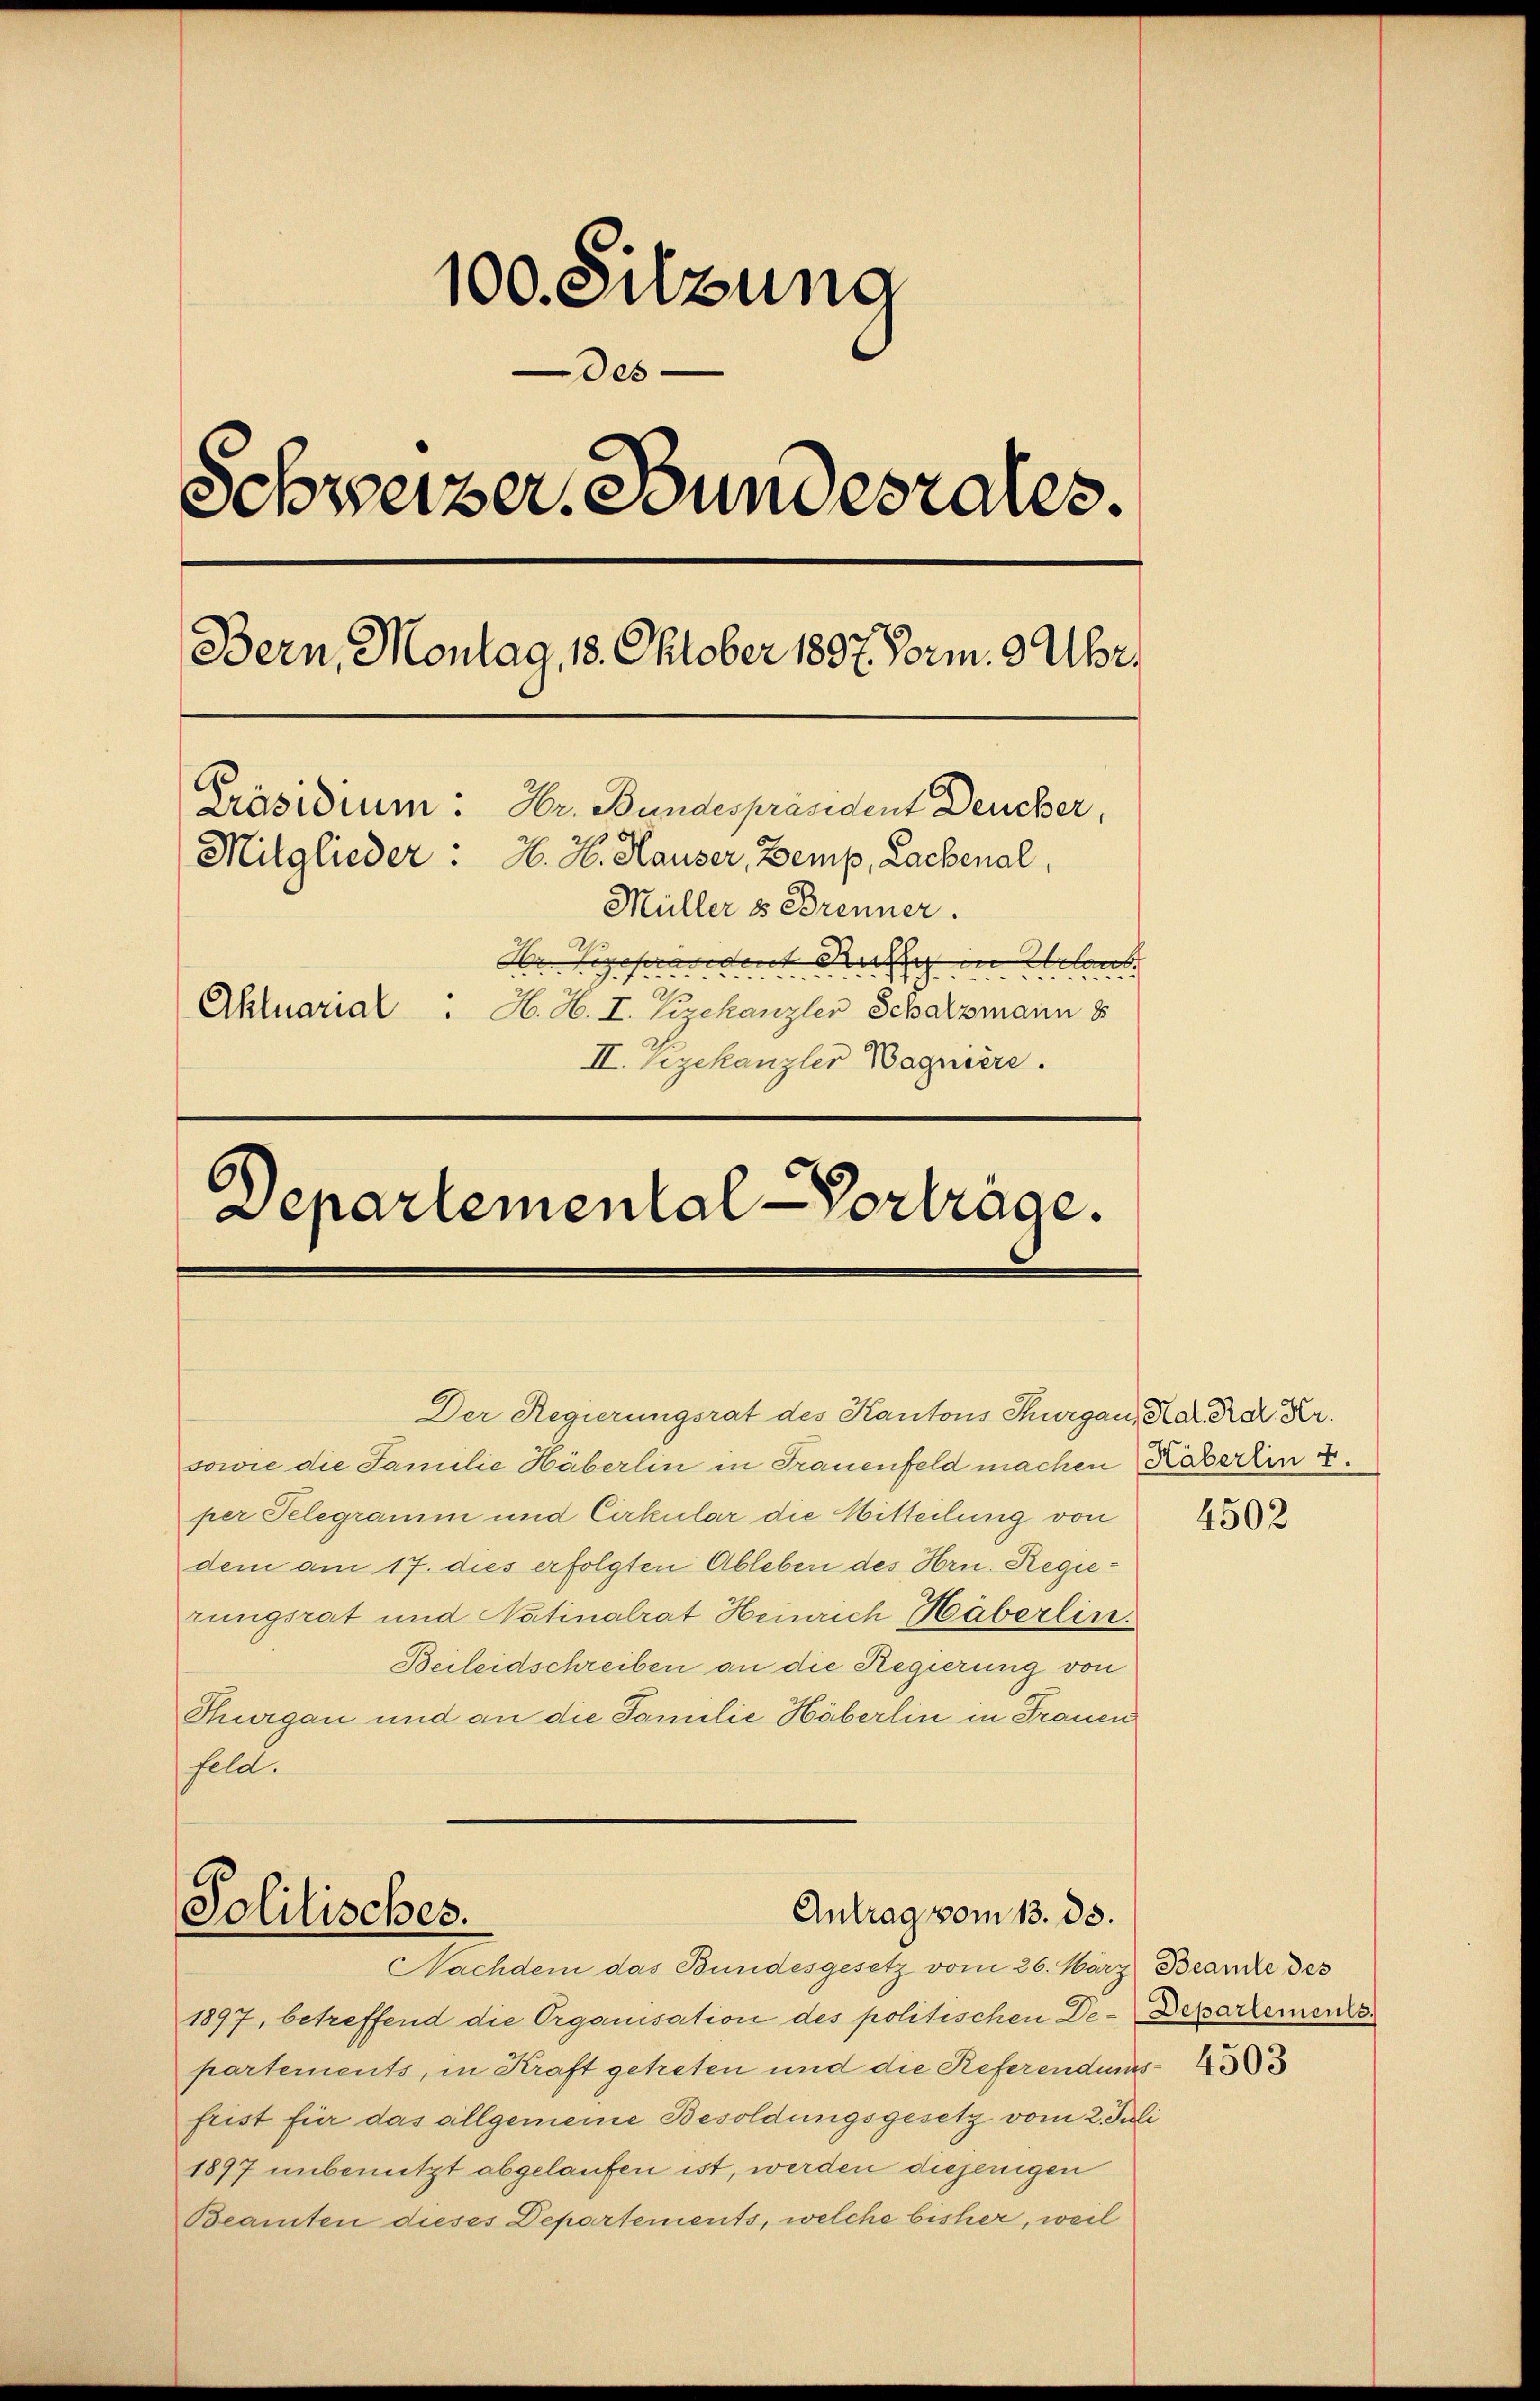
1.
100. Sitzung
Oes
Schweizer Bundesrates.
Bern, Montag, 18. Oktober 1897 Form 9 Uhr.
Präsidium: Hr. Bundespräsident Deucher,
Mitglieder. H. H. Hauser, Zemp, Lachenal
Müller ss Brenner.
Des
de gehendent nach in Arten. |
as
Aktuarial . H. H. I. Zizekanzler Schatzmann 8
II. Szekanzler Wagnière.
Departemental Vorträge.

Der Regierungsrat des Kantons Thurgau, Kar Rok. Kr.
sowie die Familie Häberlin in Frauenfeld machen Räberlin
per Telegramm und Cirkular die Mitteilung von
dem am 17. dies erfolgten Ableben des Hrn. Regierungsrat und Natinalrat Heinrich Häberlin.
Beileidschreiben an die Regierung von
Thurgau und an die Familie Häberlin in Frauen
feld.

Antrag vom 13. ds.
Politisches.
Nachdem das Bundesgesetz vom 26. März Beamte des

1897, betreffend die Organisation des politischen De-Departemente
partements, in Kraft getreten und die Referendungsfrist für das allgemeine Besoldungsgesetz vom 2. Juli
1897 unbenutzt abgelaufen ist, werden diejenigen
Beamten dieses Departements, welche bisher, weil

4502

4503